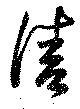
淸